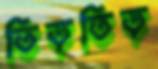
তিড়তিড়